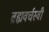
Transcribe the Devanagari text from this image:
ब्रह्मवर्चस्वी